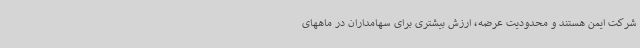
شرکت ایمن هستند و محدودیت عرضه، ارزش بیشتری برای سهامداران در ماههای